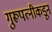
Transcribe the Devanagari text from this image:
गुरूपत्‍नीकडून